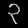
Digit: ၃